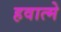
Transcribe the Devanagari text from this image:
हवात्मे